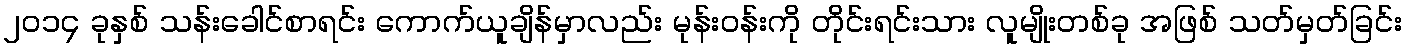
၂၀၁၄ ခုနှစ် သန်းခေါင်စာရင်း ကောက်ယူချိန်မှာလည်း မုန်းဝန်းကို တိုင်းရင်းသား လူမျိုးတစ်ခု အဖြစ် သတ်မှတ်ခြင်း